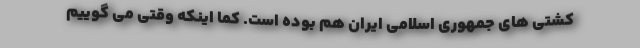
کشتی های جمهوری اسلامی ایران هم بوده است. کما اینکه وقتی می گوییم